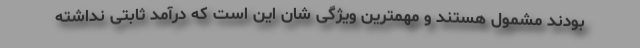
بودند مشمول هستند و مهمترین ویژگی شان این است که درآمد ثابتی نداشته